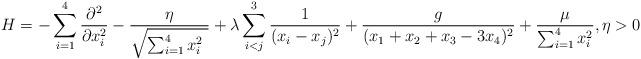
LaTeX: \begin{align*}H=-\sum_{i=1}^{4} \frac{\partial ^{2}}{\partial x_{i}^{2}}-\frac{\eta}{\sqrt{ \sum_{i=1}^4 x_{i}^{2} \ } } +\lambda \sum_{i<j}^3 \frac{1}{(x_{i}-x_{j})^{2}}+\frac{g}{(x_1+x_2+x_3- 3 x_4)^2} +\frac{\mu }{\sum_{i=1}^{4}x_{i}^{2}},\eta >0 \end{align*}